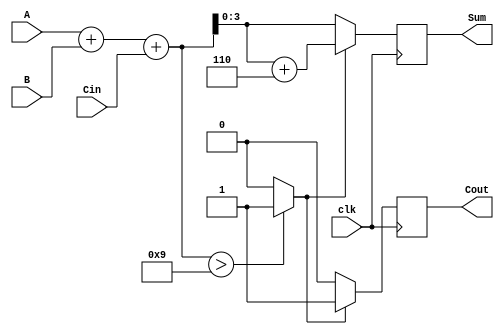
module BCD_Synchronous_Adder (
    input  wire [3:0] A,      // First BCD digit
    input  wire [3:0] B,      // Second BCD digit
    input  wire Cin,          // Carry input
    input  wire clk,          // Clock signal
    output reg  [3:0] Sum,    // BCD sum output
    output reg  Cout          // Carry output
);

    reg [4:0] RawSum;         // 5-bit signal to hold the raw sum
    reg Adjust;               // Signal to determine if adjustment is needed

    always @(posedge clk) begin
        // Step 1: Compute the raw sum
        RawSum = A + B + Cin;

        // Step 2: Determine if adjustment is needed
        if (RawSum > 9) begin
            Adjust = 1;
        end else begin
            Adjust = 0;
        end

        // Step 3: Final BCD Calculation
        if (Adjust) begin
            Sum = RawSum + 5'd6; // Add 6 to convert to valid BCD
            Cout = 1;            // Set carry out
        end else begin
            Sum = RawSum[3:0];   // Use the raw sum directly
            Cout = 0;            // No carry out
        end
    end

endmodule